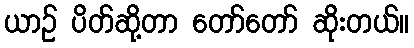
ယာဉ် ပိတ်ဆို့တာ တော်တော် ဆိုးတယ်။